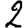
Digit: 2